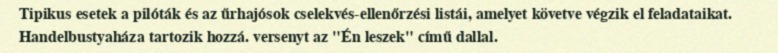
Tipikus esetek a pilóták és az űrhajósok cselekvés-ellenőrzési listái, amelyet követve végzik el feladataikat. Handelbustyaháza tartozik hozzá. versenyt az "Én leszek" című dallal.